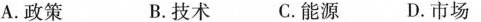
A.政策 B.技术 C.能源D.市场